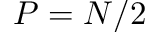
P = N / 2